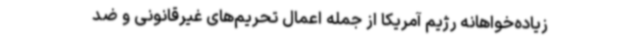
زیاده‌خواهانه‌ رژیم آمریکا از جمله اعمال تحریم‌های غیرقانونی و ضد